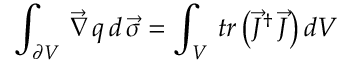
\int _ { \partial V } \, \vec { \nabla } \, q \, d \, \vec { \sigma } = \int _ { V } \, t r \, \bigl ( \vec { J } ^ { \dagger } \, \vec { J } \bigr ) \, d V